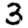
Digit: 3